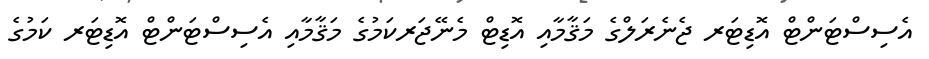
އެސިސްޓަންޓް އޮޑިޓަރ ޖެނެރަލްގެ މަޤާމާއި އޮޑިޓް މެނޭޖަރކަމުގެ މަޤާމާއި އެސިސްޓަންޓް އޮޑިޓަރ ކަމުގެ